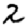
Digit: 2